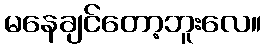
မနေချင်တော့ဘူးလေ။